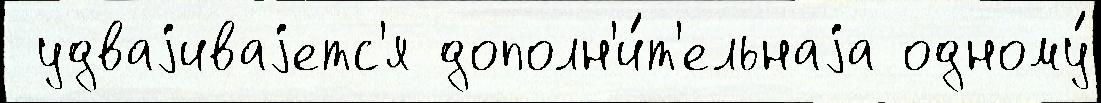
 удваjиваjетс'я дополн'и́т'ельнаjа одному́